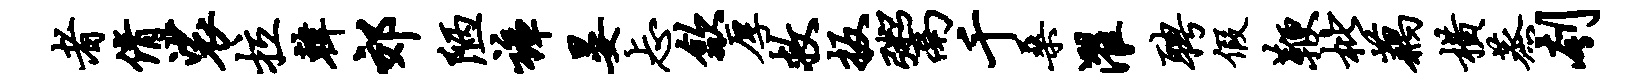
者倩裟拉韩郊陋裤晏忐歙厚救扳鬻千桑濯聘假鞭枇藕横蒸刳